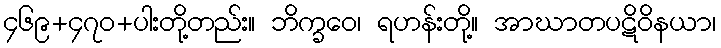
၄၆၉+၄၇၀+ပါးတို့တည်း။ ဘိက္ခဝေ၊ ရဟန်းတို့။ အာဃာတပဋိဝိနယာ၊